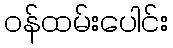
ဝန်ထမ်းပေါင်း